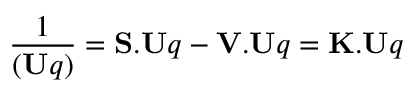
{ \frac { 1 } { ( \mathbf { U } q ) } } = \mathbf { S . U } q - \mathbf { V . U } q = \mathbf { K . U } q